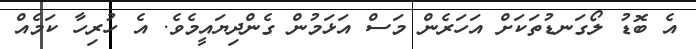
އެ ބޮޑު ލޯގަނޑުތަކަށް އަހަރެން މަސް އަޅަމުން ގެންދިޔައީމެވެ. އެ ހުރިހާ ކަމެއް